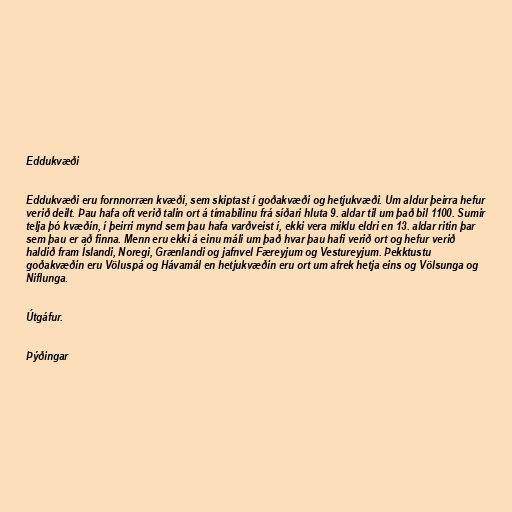
Eddukvæði

Eddukvæði eru fornnorræn kvæði, sem skiptast í goðakvæði og hetjukvæði. Um aldur þeirra hefur
verið deilt. Þau hafa oft verið talin ort á tímabilinu frá síðari hluta 9. aldar til um það bil 1100. Sumir
telja þó kvæðin, í þeirri mynd sem þau hafa varðveist í, ekki vera miklu eldri en 13. aldar ritin þar
sem þau er að finna. Menn eru ekki á einu máli um það hvar þau hafi verið ort og hefur verið
haldið fram Íslandi, Noregi, Grænlandi og jafnvel Færeyjum og Vestureyjum. Þekktustu
goðakvæðin eru Völuspá og Hávamál en hetjukvæðin eru ort um afrek hetja eins og Völsunga og
Niflunga.

Útgáfur.

Þýðingar